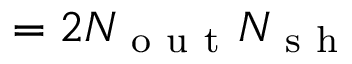
= 2 N _ { \mathrm { ~ o ~ u ~ t ~ } } N _ { \mathrm { ~ s ~ h ~ } }